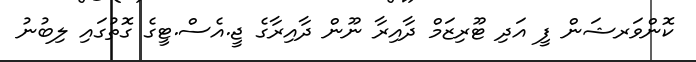
ކޮންވަރޝަން ފީ އަދި ޓޫރިޒަމް ދާއިރާ ނޫން ދާއިރާގެ ޖީ.އެސް.ޓީގެ ގޮތުގައި ލިބުނު